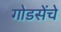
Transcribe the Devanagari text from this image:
गोडसेंचे